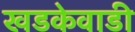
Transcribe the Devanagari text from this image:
खडकेवाडी